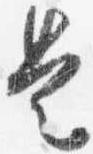
是